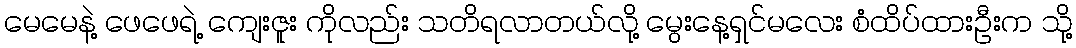
မေမေနဲ့ ဖေဖေရဲ့ ကျေးဇူး ကိုလည်း သတိရလာတယ်လို့ မွေးနေ့ရှင်မလေး စံထိပ်ထားဦးက သို့